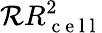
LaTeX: \mathcal{R}R_{\mathrm{~c~e~l~l~}}^{2}